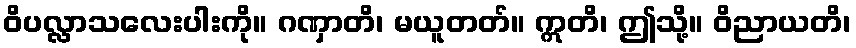
ဝိပလ္လာသလေးပါးကို။ ဂဏှာတိ၊ မယူတတ်။ ဣတိ၊ ဤသို့။ ဝိညာယတိ၊